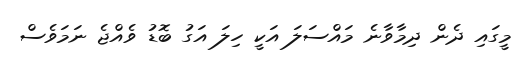
މީގައި ދެން ދިމާވާނެ މައްސަލަ އަކީ ހިލަ އަގު ބޮޑު ވެއްޖެ ނަމަވެސް